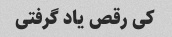
کی رقص یاد گرفتی